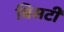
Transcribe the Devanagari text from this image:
बिसटी